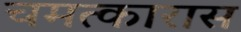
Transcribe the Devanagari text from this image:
चमत्कारास